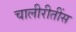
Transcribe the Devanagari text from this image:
चालीरीतींस